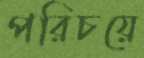
পরিচয়ে